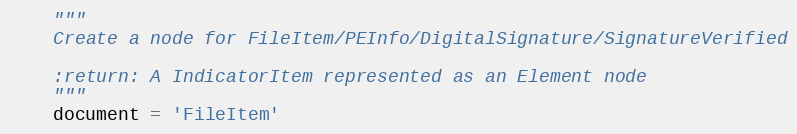
Language: Python
    """
    Create a node for FileItem/PEInfo/DigitalSignature/SignatureVerified

    :return: A IndicatorItem represented as an Element node
    """
    document = 'FileItem'